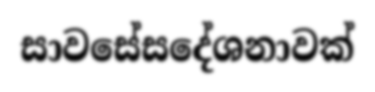
සාවසේසදේශනාවක්